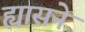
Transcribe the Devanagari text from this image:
ह्यासने